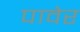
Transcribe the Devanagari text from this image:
पावेर